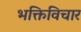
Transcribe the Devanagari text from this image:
भक्तिविचार